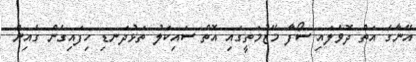
އޭނާގެ އަތް ދޮވެލައި ސޯފާ މޭޒުމަތީގައި އޮތް ސައިކަލު ތަޅުދަނޑި ހިފައިގެން ގެއިން